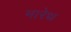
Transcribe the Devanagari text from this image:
मारेथ